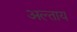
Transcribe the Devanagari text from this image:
अल्ताय